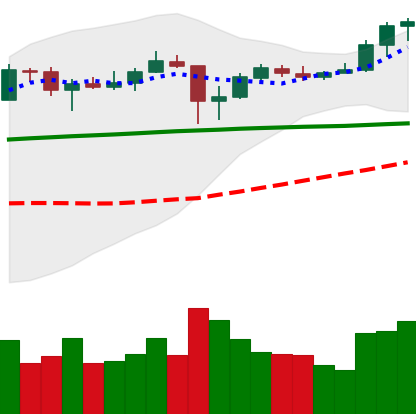
Ticker: ADA-USD
Chart end date: 2020-05-20
Forward return: -5.036%
Label: down_5_7